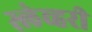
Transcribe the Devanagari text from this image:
स्लेव्हरी